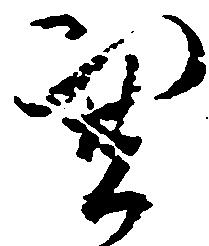
憑